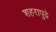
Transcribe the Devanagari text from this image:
शहरापुढे